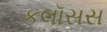
કલૉસસ